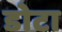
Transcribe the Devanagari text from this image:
डोटा